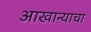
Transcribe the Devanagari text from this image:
आखान्याचा